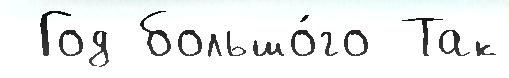
 Год большо́го Так